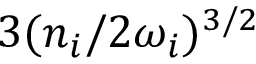
3 ( { n _ { i } } / { 2 \omega _ { i } } ) ^ { 3 / 2 }